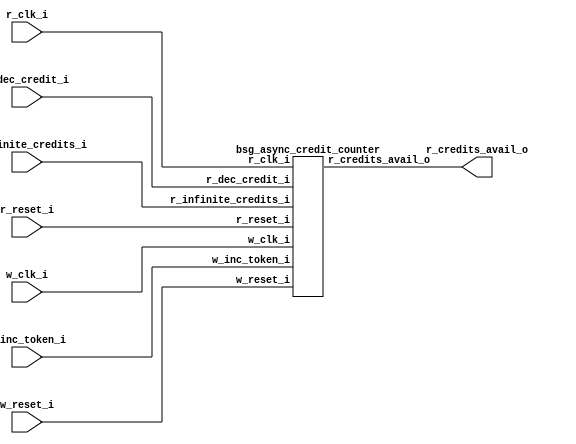


module top
(
  w_clk_i,
  w_inc_token_i,
  w_reset_i,
  r_clk_i,
  r_reset_i,
  r_dec_credit_i,
  r_infinite_credits_i,
  r_credits_avail_o
);

  input w_clk_i;
  input w_inc_token_i;
  input w_reset_i;
  input r_clk_i;
  input r_reset_i;
  input r_dec_credit_i;
  input r_infinite_credits_i;
  output r_credits_avail_o;

  bsg_async_credit_counter
  wrapper
  (
    .w_clk_i(w_clk_i),
    .w_inc_token_i(w_inc_token_i),
    .w_reset_i(w_reset_i),
    .r_clk_i(r_clk_i),
    .r_reset_i(r_reset_i),
    .r_dec_credit_i(r_dec_credit_i),
    .r_infinite_credits_i(r_infinite_credits_i),
    .r_credits_avail_o(r_credits_avail_o)
  );


endmodule



module bsg_launch_sync_sync_posedge_3_unit
(
  iclk_i,
  iclk_reset_i,
  oclk_i,
  iclk_data_i,
  iclk_data_o,
  oclk_data_o
);

  input [2:0] iclk_data_i;
  output [2:0] iclk_data_o;
  output [2:0] oclk_data_o;
  input iclk_i;
  input iclk_reset_i;
  input oclk_i;
  wire N0,N1,N2,N3,N4,N5;
  reg [2:0] iclk_data_o,bsg_SYNC_1_r,oclk_data_o;
  assign { N5, N4, N3 } = (N0)? { 1'b0, 1'b0, 1'b0 } : 
                          (N1)? iclk_data_i : 1'b0;
  assign N0 = iclk_reset_i;
  assign N1 = N2;
  assign N2 = ~iclk_reset_i;

  always @(posedge iclk_i) begin
    if(1'b1) begin
      { iclk_data_o[2:0] } <= { N5, N4, N3 };
    end 
  end


  always @(posedge oclk_i) begin
    if(1'b1) begin
      { bsg_SYNC_1_r[2:0] } <= { iclk_data_o[2:0] };
      { oclk_data_o[2:0] } <= { bsg_SYNC_1_r[2:0] };
    end 
  end


endmodule



module bsg_launch_sync_sync_width_p3_use_negedge_for_launch_p0_use_async_reset_p0
(
  iclk_i,
  iclk_reset_i,
  oclk_i,
  iclk_data_i,
  iclk_data_o,
  oclk_data_o
);

  input [2:0] iclk_data_i;
  output [2:0] iclk_data_o;
  output [2:0] oclk_data_o;
  input iclk_i;
  input iclk_reset_i;
  input oclk_i;
  wire [2:0] iclk_data_o,oclk_data_o;

  bsg_launch_sync_sync_posedge_3_unit
  sync_p_z_blss
  (
    .iclk_i(iclk_i),
    .iclk_reset_i(iclk_reset_i),
    .oclk_i(oclk_i),
    .iclk_data_i(iclk_data_i),
    .iclk_data_o(iclk_data_o),
    .oclk_data_o(oclk_data_o)
  );


endmodule



module bsg_async_ptr_gray_lg_size_p3_use_negedge_for_launch_p0_use_async_reset_p0
(
  w_clk_i,
  w_reset_i,
  w_inc_i,
  r_clk_i,
  w_ptr_binary_r_o,
  w_ptr_gray_r_o,
  w_ptr_gray_r_rsync_o
);

  output [2:0] w_ptr_binary_r_o;
  output [2:0] w_ptr_gray_r_o;
  output [2:0] w_ptr_gray_r_rsync_o;
  input w_clk_i;
  input w_reset_i;
  input w_inc_i;
  input r_clk_i;
  wire [2:0] w_ptr_gray_r_o,w_ptr_gray_r_rsync_o,w_ptr_p2,w_ptr_gray_n;
  wire N0,N1,N2,N3,N4;
  reg [2:0] w_ptr_p1_r,w_ptr_binary_r_o;

  bsg_launch_sync_sync_width_p3_use_negedge_for_launch_p0_use_async_reset_p0
  ptr_sync
  (
    .iclk_i(w_clk_i),
    .iclk_reset_i(w_reset_i),
    .oclk_i(r_clk_i),
    .iclk_data_i(w_ptr_gray_n),
    .iclk_data_o(w_ptr_gray_r_o),
    .oclk_data_o(w_ptr_gray_r_rsync_o)
  );

  assign w_ptr_p2 = w_ptr_p1_r + 1'b1;
  assign w_ptr_gray_n = (N0)? { w_ptr_p1_r[2:2], N3, N4 } : 
                        (N1)? w_ptr_gray_r_o : 1'b0;
  assign N0 = w_inc_i;
  assign N1 = N2;
  assign N2 = ~w_inc_i;
  assign N3 = w_ptr_p1_r[2] ^ w_ptr_p1_r[1];
  assign N4 = w_ptr_p1_r[1] ^ w_ptr_p1_r[0];

  always @(posedge w_clk_i) begin
    if(w_reset_i) begin
      { w_ptr_p1_r[2:0] } <= { 1'b0, 1'b0, 1'b1 };
      { w_ptr_binary_r_o[2:0] } <= { 1'b0, 1'b0, 1'b0 };
    end else if(w_inc_i) begin
      { w_ptr_p1_r[2:0] } <= { w_ptr_p2[2:0] };
      { w_ptr_binary_r_o[2:0] } <= { w_ptr_p1_r[2:0] };
    end 
  end


endmodule



module bsg_async_credit_counter
(
  w_clk_i,
  w_inc_token_i,
  w_reset_i,
  r_clk_i,
  r_reset_i,
  r_dec_credit_i,
  r_infinite_credits_i,
  r_credits_avail_o
);

  input w_clk_i;
  input w_inc_token_i;
  input w_reset_i;
  input r_clk_i;
  input r_reset_i;
  input r_dec_credit_i;
  input r_infinite_credits_i;
  output r_credits_avail_o;
  wire r_credits_avail_o,N0,N1,N2,N3,N4,N5,N6,N7,N8,N9,N10,N11,N12,N13,N14,N15,N16,N17,
  N18,N19,N20,N21,N22,N23,N24,N25,N26,N27,N28,N29,N30,N31,N32,N33,N34,N35,N36,N37,
  N38,N39,N40,r_counter_r_lo_bits_nonzero,N41,N42,N43,N44,N45,N46,N47,N48,N49,N50,
  N51,N52,N53,N54,N55,N56,SYNOPSYS_UNCONNECTED_1,SYNOPSYS_UNCONNECTED_2,
  SYNOPSYS_UNCONNECTED_3;
  wire [2:0] w_counter_gray_r,w_counter_gray_r_rsync;
  wire [1:0] r_counter_r_hi_bits_gray;
  reg [18:0] r_counter_r;

  bsg_async_ptr_gray_lg_size_p3_use_negedge_for_launch_p0_use_async_reset_p0
  bapg
  (
    .w_clk_i(w_clk_i),
    .w_reset_i(w_reset_i),
    .w_inc_i(w_inc_token_i),
    .r_clk_i(r_clk_i),
    .w_ptr_binary_r_o({ SYNOPSYS_UNCONNECTED_1, SYNOPSYS_UNCONNECTED_2, SYNOPSYS_UNCONNECTED_3 }),
    .w_ptr_gray_r_o(w_counter_gray_r),
    .w_ptr_gray_r_rsync_o(w_counter_gray_r_rsync)
  );

  assign N41 = { r_counter_r[18:18], r_counter_r_hi_bits_gray } != w_counter_gray_r_rsync;
  assign { N21, N20, N19, N18, N17, N16, N15, N14, N13, N12, N11, N10, N9, N8, N7, N6, N5, N4, N3 } = r_counter_r + r_dec_credit_i;
  assign { N40, N39, N38, N37, N36, N35, N34, N33, N32, N31, N30, N29, N28, N27, N26, N25, N24, N23, N22 } = (N0)? { 1'b1, 1'b0, 1'b0, 1'b0, 1'b0, 1'b0, 1'b0, 1'b0, 1'b0, 1'b0, 1'b0, 1'b0, 1'b0, 1'b0, 1'b0, 1'b0, 1'b0, 1'b0, 1'b0 } : 
                                                                                                             (N1)? { N21, N20, N19, N18, N17, N16, N15, N14, N13, N12, N11, N10, N9, N8, N7, N6, N5, N4, N3 } : 1'b0;
  assign N0 = r_reset_i;
  assign N1 = N2;
  assign N2 = ~r_reset_i;
  assign r_counter_r_lo_bits_nonzero = N55 | r_counter_r[0];
  assign N55 = N54 | r_counter_r[1];
  assign N54 = N53 | r_counter_r[2];
  assign N53 = N52 | r_counter_r[3];
  assign N52 = N51 | r_counter_r[4];
  assign N51 = N50 | r_counter_r[5];
  assign N50 = N49 | r_counter_r[6];
  assign N49 = N48 | r_counter_r[7];
  assign N48 = N47 | r_counter_r[8];
  assign N47 = N46 | r_counter_r[9];
  assign N46 = N45 | r_counter_r[10];
  assign N45 = N44 | r_counter_r[11];
  assign N44 = N43 | r_counter_r[12];
  assign N43 = N42 | r_counter_r[13];
  assign N42 = r_counter_r[15] | r_counter_r[14];
  assign r_counter_r_hi_bits_gray[1] = r_counter_r[18] ^ r_counter_r[17];
  assign r_counter_r_hi_bits_gray[0] = r_counter_r[17] ^ r_counter_r[16];
  assign r_credits_avail_o = N56 | N41;
  assign N56 = r_infinite_credits_i | r_counter_r_lo_bits_nonzero;

  always @(posedge r_clk_i) begin
    if(1'b1) begin
      { r_counter_r[18:0] } <= { N40, N39, N38, N37, N36, N35, N34, N33, N32, N31, N30, N29, N28, N27, N26, N25, N24, N23, N22 };
    end 
  end


endmodule